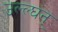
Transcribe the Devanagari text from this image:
उल्ल्घंन्